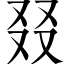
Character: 叕